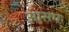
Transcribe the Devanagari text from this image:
आसप